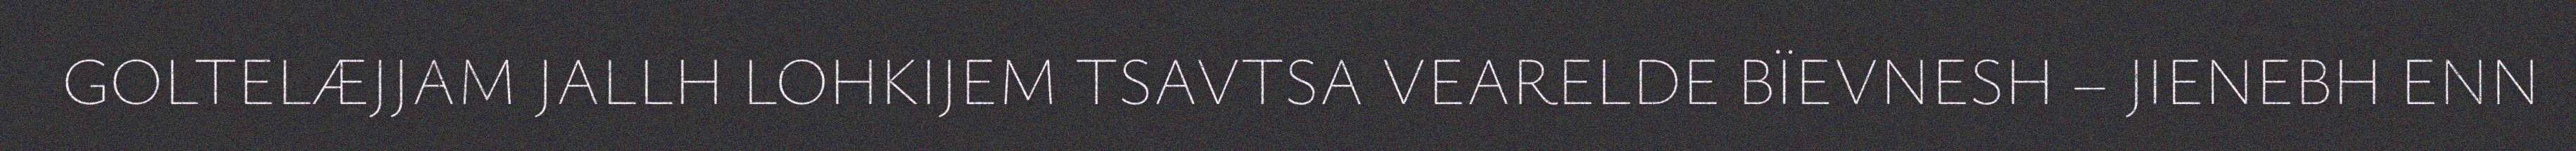
GOLTELÆJJAM JALLH LOHKIJEM TSAVTSA VEARELDE BÏEVNESH – JIENEBH ENN